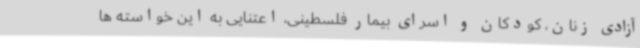
آزادی زنان، کودکان و اسرای بیمار فلسطینی، اعتنایی به این خواسته ها